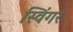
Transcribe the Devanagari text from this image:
स्विंगर